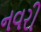
નવરી